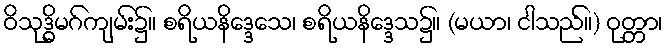
ဝိသုဒ္ဓိမဂ်ကျမ်း၌။ စရိယနိဒ္ဒေသေ၊ စရိယနိဒ္ဒေသ၌။ (မယာ၊ ငါသည်။) ဝုတ္တာ၊